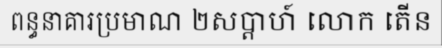
ពន្ធនាគារប្រមាណ ២សប្តាហ៍ លោក តើន